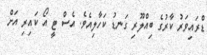
ޑްރައިވަރު ކާރުގެ ބިއްލޫރި ގަނޑު ކަހާލިއެވެ. އެސް ޓީ އޯ ކައިރި އަށް